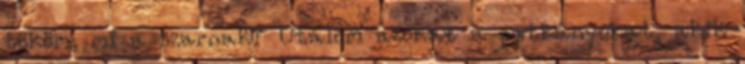
tököm, mi a szarnak? Utálom azokat a patkányokat, akik